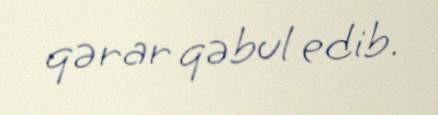
qərar qəbul edib.